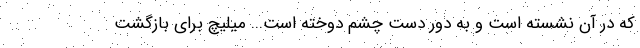
که در آن نشسته است و به دور دست چشم دوخته است... میلیچ برای بازگشت